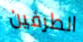
الطرفين